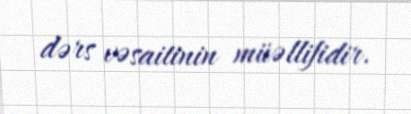
dərs vəsaitinin müəllifidir.